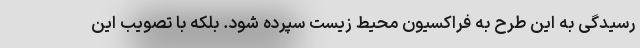
رسیدگی به این طرح به فراکسیون محیط زیست سپرده شود. بلکه با تصویب این